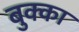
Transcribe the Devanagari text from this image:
बुक्‍का